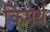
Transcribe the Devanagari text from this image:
किमर्थ